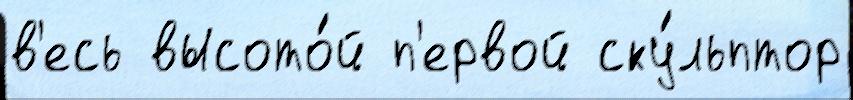
в'есь высото́й п'ервой ску́льптор